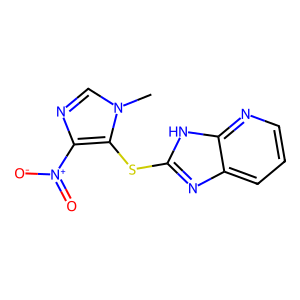
SMILES: Cn1cnc([N+](=O)[O-])c1Sc1nc2cccnc2[nH]1
Inhibits HIV replication: No